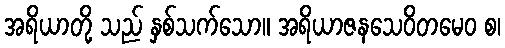
အရိယာတို့ သည် နှစ်သက်သော။ အရိယာဇနသေဝိတမေဝ စ၊